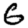
Digit: 6